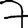
Digit: 7